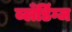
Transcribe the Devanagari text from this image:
ब्लँडिंग्ज